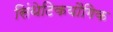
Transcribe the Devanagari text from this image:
सिंथेटिकयौगिक